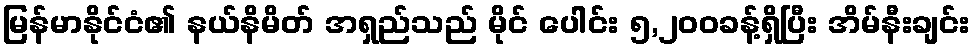
မြန်မာနိုင်ငံ၏ နယ်နိမိတ် အရှည်သည် မိုင် ပေါင်း ၅,၂၀၀ခန့်ရှိပြီး အိမ်နီးချင်း